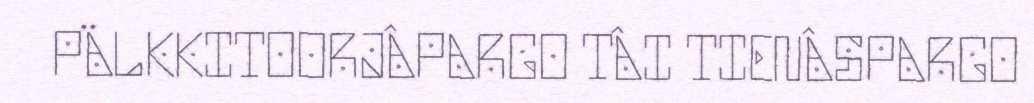
PÄLKKITOORJÂPARGO TÂI TIENÂSPARGO